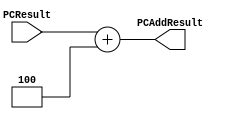
`timescale 1ns / 1ps

////////////////////////////////////////////////////////////////////////////////
// ECE369A - Computer Architecture
// Laboratory  
// Module - PCAdder.v
// Description - 32-Bit program counter (PC) adder.
// 
// INPUTS:-
// PCResult: 32-Bit input port.
// 
// OUTPUTS:-
// PCAddResult: 32-Bit output port.
//
// FUNCTIONALITY:-
// Design an incrementor (or a hard-wired ADD ALU whose first input is from the 
// PC, and whose second input is a hard-wired 4) that computes the current 
// PC + 4. The result should always be an increment of the signal 'PCResult' by 
// 4 (i.e., PCAddResult = PCResult + 4).
////////////////////////////////////////////////////////////////////////////////

module PCAdder(PCResult, PCAddResult);

    input [31:0] PCResult;

    output reg [31:0] PCAddResult;

    always @ (PCResult) begin
        PCAddResult <= PCResult + 4;
    end

endmodule